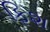
ફિશ